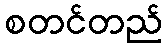
စတင်တည်